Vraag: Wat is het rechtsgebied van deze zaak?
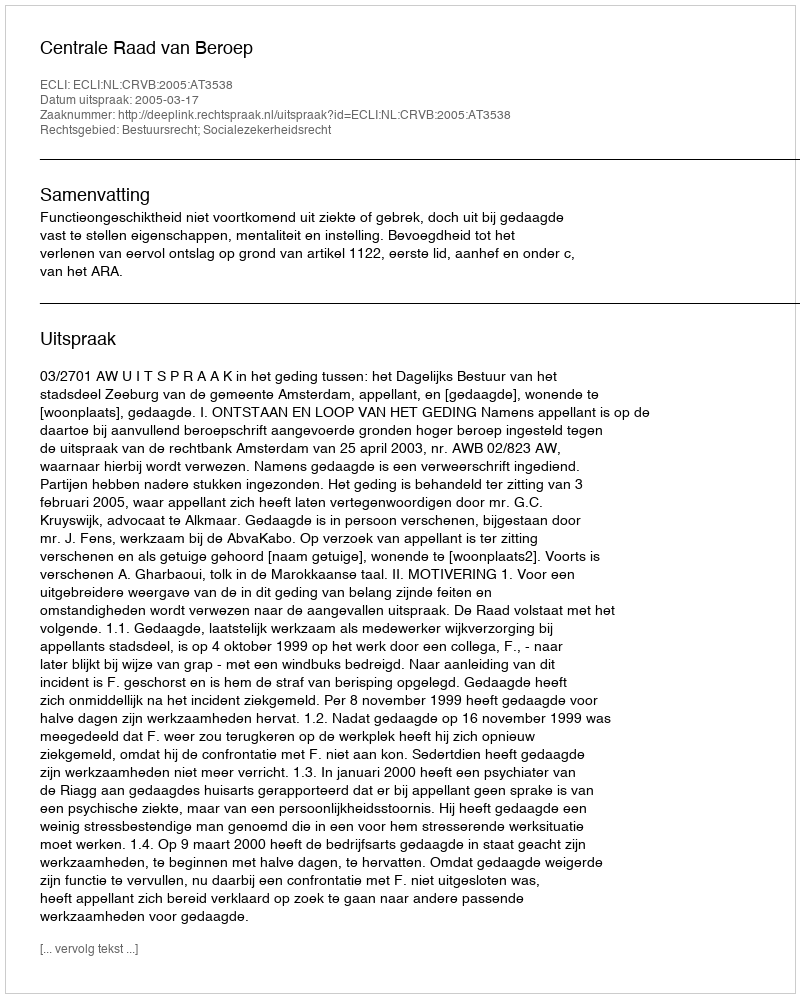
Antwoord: Bestuursrecht; Socialezekerheidsrecht